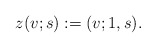
\begin{align*}z(v;s):=(v; 1 ,s) .\end{align*}